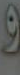
و